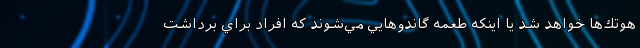
هوتك‌ها خواهد شد يا اينكه طعمه گاندوهايي مي‌شوند كه افراد براي برداشت